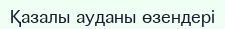
Қазалы ауданы өзендері